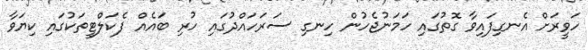
ހަވީރަށް އެނގިފައިވާ ގޮތުގައި ހަމަނުޖެހުން ހިނގި ސަރަހައްދުގައި ހުރި ބައެއް ފެކަލްޓީތަކުގައި ކިޔަވާ